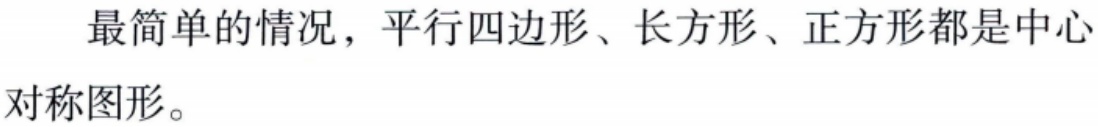
最简单的情况，平行四边形、长方形、正方形都是中心对称图形。